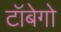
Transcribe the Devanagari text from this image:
टॉबेगो